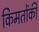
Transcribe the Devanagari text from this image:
किमतोंकी